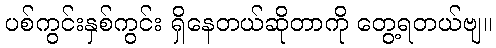
ပစ်ကွင်းနှစ်ကွင်း ရှိနေတယ်ဆိုတာကို တွေ့ရတယ်ဗျ။